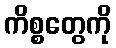
ကိစ္စတွေကို